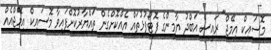
މޮސައިކް އިމޭޖް" ރައީސް އަބްދު ޔާމީންގެ ފޮޓޯފުޅުތައް އެއްކޮށްގެން ތައްޔާރުކޮށްފައިވާ މޮސައިކް އިމޭޖްއެއް